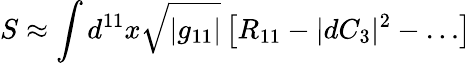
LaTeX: S\approx\int d^{11}x\sqrt{|g_{11}|}\left[R_{11}-|dC_{3}|^{2}-\ldots\right]